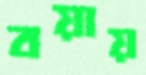
বয়ায়